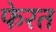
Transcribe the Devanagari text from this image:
फेरत